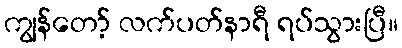
ကျွန်တော့် လက်ပတ်နာရီ ရပ်သွားပြီ။